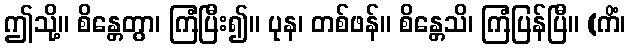
ဤသို့။ စိန္တေတွာ၊ ကြံပြီး၍။ ပုန၊ တစ်ဖန်။ စိန္တေသိ၊ ကြံပြန်ပြီ။ (ကိံ၊